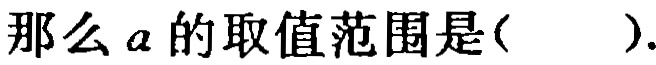
那么\(a\)的取值范围是( ).